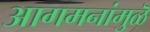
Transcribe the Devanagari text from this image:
आगमनांमुळॆ